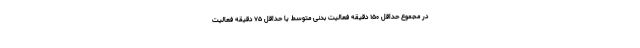
در مجموع حداقل ۱۵۰ دقیقه فعالیت بدنیِ متوسط یا حداقل ۷۵ دقیقه فعالیتِ